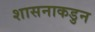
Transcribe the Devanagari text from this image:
शासनाकडुन